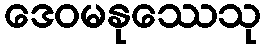
ဒေဝမနုဿေသု